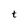
Character: t